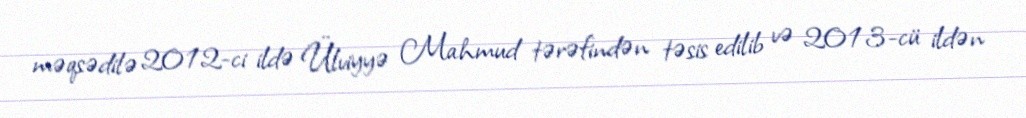
məqsədilə 2012-ci ildə Ülviyyə Mahmud tərəfindən təsis edilib və 2013-cü ildən